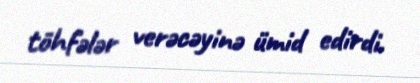
töhfələr verəcəyinə ümid edirdi.